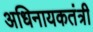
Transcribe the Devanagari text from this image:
अधिनायकतंत्री